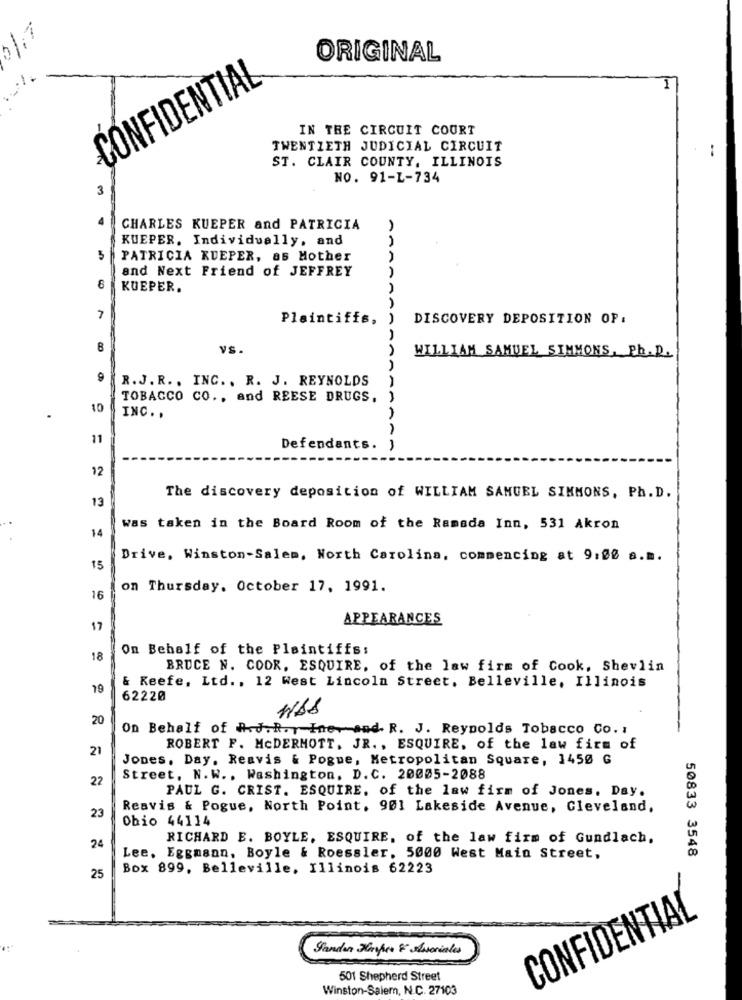
ORIGINAL
CONFIDENTIAL
IN THE CIRCUIT COURT
TWENTIETH JUDICIAL CIRCUIT
ST. CLAIR COUNTY, ILLINOIS
NO. 91-1-734
3
CHARLES KUEPER and PATRICIA
KUEPER, Individually, and
5
PATRICIA KUEPER, as Mother
and Next Friend of JEFFREY
8
KUEPER.
7
Plaintiffs,
DISCOVERY DEPOSITION OP:
VS.
WILLIAM SAMUEL SIMMONS, Ph. R.
9
R.J. R .. INC .. R. J. REYNOLDS
TOBACCO CO ., and REESE DRUGS,
10
INC ..
11
Defendants.
12
The discovery deposition of WILLIAM SAMUEL SIMMONS, Ph. D.
13
was taken in the Board Room of the Ramada Inn, 531 Akron
14
Drive, Winston-Salem, North Carolina, commencing at 9:00 a.m.
15
on Thursday, October 17, 1991.
16
APPEARANCES
17
On Behalf of the Plaintiffs:
18
BRUCE N. COOR. ESQUIRE, of the law firm of Cook, Shevlin
19
& Keefe, Ltd ., 12 West Lincoln Street. Belleville, Illinois
62220
WAS
20
On Behalf of A.J.R.r Ine- and. R. J. Reynolds Tobacco Co. 1
21
ROBERT F. MCDERMOTT. JR ., ESQUIRE, of the law firm of
Jones, Day. Reavis & Pogue, Metropolitan Square, 1450 G
22
Street. N. W .. Washington, D.C. 20005-2088
PAUL G. CRIST. ESQUIRE. of the law firm of Jones. Day.
Reavis & Pogue, North Point. 901 Lakeside Avenue, Cleveland.
23
Obio 44114
RICHARD E. BOYLE, ESQUIRE, of the law firm of Gundlach,
24
50833 3548
Lee, Eggmann, Boyle & Roessler, 5000 West Main Street,
Box 899, Belleville, Illinois 62223
25
CONFIDENTIAL
Sander Hspiso & Associates
501 Shepherd Street
Winston-Salem, N.C. 27103